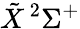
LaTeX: \tilde{X}\, ^{2}\Sigma^{+}